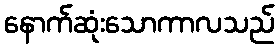
နောက်ဆုံးသောကာလသည်